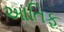
આતિફ